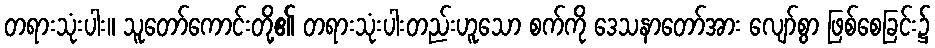
တရားသုံးပါး။ သူတော်ကောင်းတို့၏ တရားသုံးပါးတည်းဟူသော စက်ကို ဒေသနာတော်အား လျော်စွာ ဖြစ်စေခြင်း၌